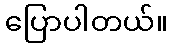
ပြောပါတယ်။